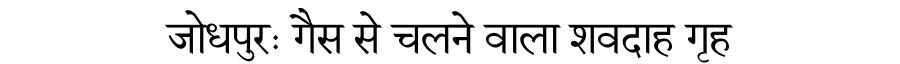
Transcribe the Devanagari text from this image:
जोधपुरः गैस से चलने वाला शवदाह गृह